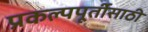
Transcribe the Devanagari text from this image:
प्रकल्पपूर्तीसाठी